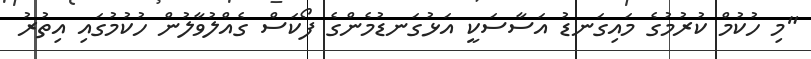
"މި ހުކުމް ކުރުމުގެ މައިގަނޑު އަސާސަކީ އަޅުގަނޑުމެންގެ ފޯކަސް ގެއްލުވާލުން ހުކުމުގައި އިތުރު